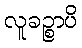
လူခဉ္စာပိ